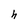
Character: h